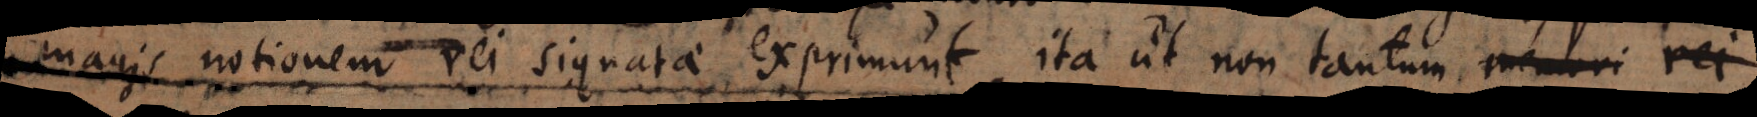
magis notionem rei signatae exprimunt, ita ut non tantum memori rei